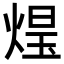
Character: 𭵑